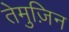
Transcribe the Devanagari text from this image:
तेमुज़िन